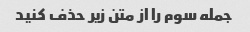
جمله سوم را از متن زیر حذف کنید